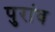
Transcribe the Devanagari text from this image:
पुरांव